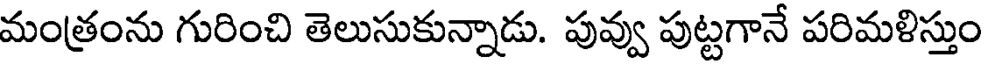
మంత్రంను గురించి తెలుసుకున్నాడు. పువ్వు పుట్టగానే పరిమళిస్తుం